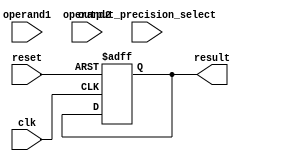
module TriplePrecisionUnit(
    input wire clk,
    input wire reset,
    input wire [63:0] operand1,
    input wire [63:0] operand2,
    input wire [63:0] output_precision_select,
    output reg [63:0] result
);

// Define variables for arithmetic blocks such as adders, multipliers, and shifters

// Define control logic for encoding, decoding, and manipulation of triple precision floating point data

// Implement addition, subtraction, multiplication, division, and other arithmetic operations

// Implement IEEE 754 standard for floating point arithmetic

// Implement error handling and rounding modes for accurate computation results

always @(posedge clk or posedge reset) begin
    if(reset) begin
        result <= 64'b0; // Reset result to 0
    end else begin
        // Perform arithmetic operations based on input operands and output precision select
    end
end

endmodule